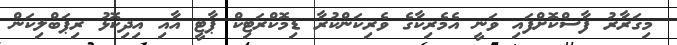
މިގަރާރު ފާސްކޮށްފައި ވަނީ އެމެރިކާގެ ވެރިކަންކުރާ ޑިމޮކްރަޓިކް ޕާޓީ އާއި އިދިކޮޅު ރިޕަބްލިކަން